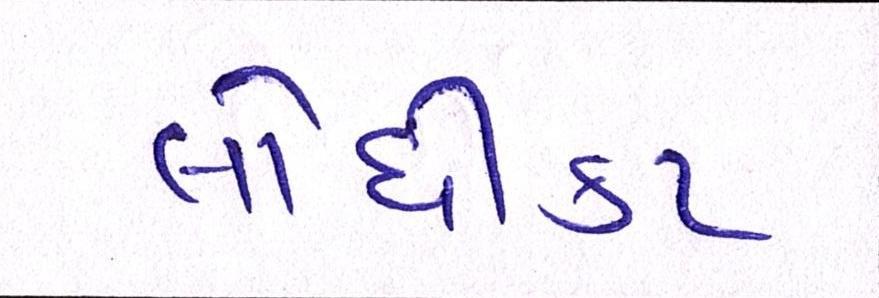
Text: લોધીકા